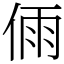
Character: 𠉴